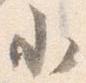
小